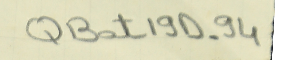
QBat19D-94